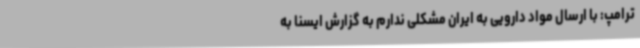
ترامپ: با ارسال مواد دارویی به ایران مشکلی ندارم به گزارش ایسنا به